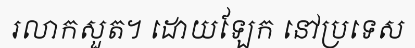
រលាកសួត។ ដោយឡែក នៅប្រទេស